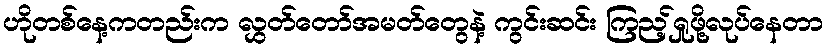
ဟိုတစ်နေ့ကတည်းက လွှတ်တော်အမတ်တွေနဲ့ ကွင်းဆင်း ကြည့်ရှုဖို့လုပ်နေတာ